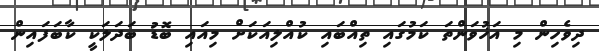
ދިވެހިން މި އަޚުވަންތަ ކަމުގައި ތިއްބައި ކުއްލިއަކަށް މިއައި ބޮޑު ބަދަލަކީ ކާބަފައިން